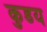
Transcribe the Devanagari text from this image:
कुडय